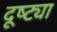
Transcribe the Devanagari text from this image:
दूष्ट्या